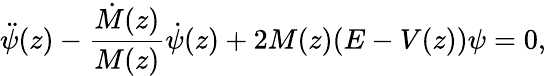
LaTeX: \ddot{\psi}(z)-\frac{\dot{M}(z)}{M(z)}\dot{\psi}(z)+2M(z)(E-V(z))\psi=0,